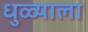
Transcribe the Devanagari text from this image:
धुळ्याला